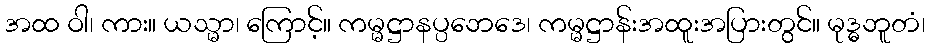
အထ ဝါ၊ ကား။ ယသ္မာ၊ ကြောင့်။ ကမ္မဋ္ဌာနပ္ပဘေဒေ၊ ကမ္မဋ္ဌာန်းအထူးအပြားတွင်။ မုဒ္ဓဘူတံ၊